Annual report of the Central Committee of the Association together with the report of the directors of the Pasteur Institute at Kasauli
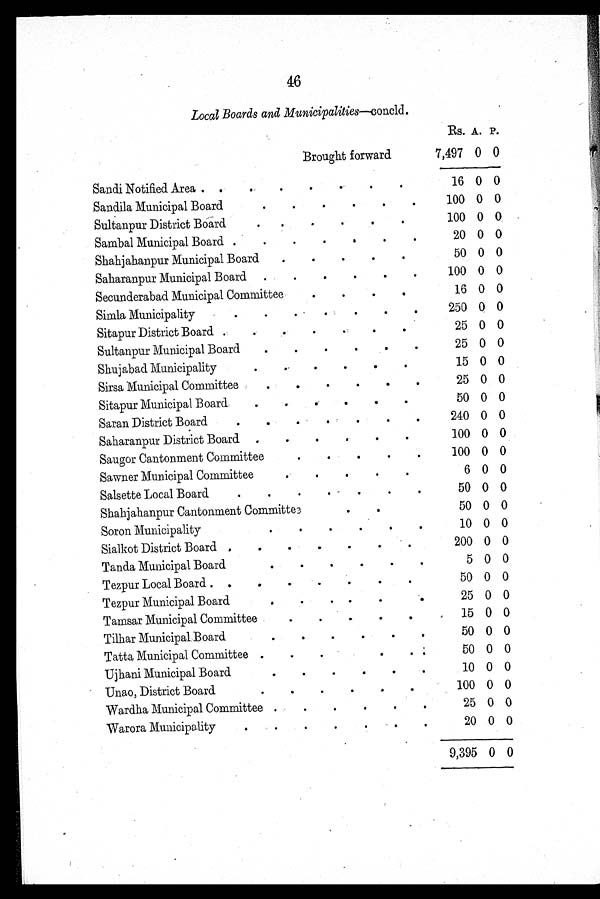
46
Local Boards and Municipalities--concld.
Rs. A. P.
Brought forward
7,497 0 0
Sandi Notified Area
16 0 0
Sandila Municipal Board
1 0 0 0 0
Sultanpur District Board
100 0 0
S a m b a l D i s t r i c t B o a r d
20 0 0
Shahjahanpur Municipal Board
50 0 0
Saharanpur Municipal Board
1 0 0 0 0
Secunderabad Municipal Committee
16 0 0
Simla Municipality
250 0 0
Sitapur District Board
25 0 0
Sultanpur Municipal Board
25 0 0
Shujabad Municipality
15 0 0
Sirsa Municipal Committee
25 0 0
Sitapur Municipal Board
50 0 0
Saran District Board
240 0 0
Saharanpur District Board
100 0 0
Saugor Cantonment Committee
100 0 0
Sawner Municipal Committee
6 0 0
Salsette Local Board
50 0 0
Shahjahanpur Cantonment Committee
50 0 0
Soron Municipality
10 0 0
Sialkot District Board
200 0 0
Tanda Municipal Board
5 0 0
Tezpur Local Board
50 0 0
Tezpur Municipal Board
25 0 0
Tamsar Municipal Committee
15 0 0
Tilhar Municipal Board
5 0 0 0
Tatta Municipal Committee
50 0 0
Ujhani Municipal Board
10 0 0
Unao, District Board
100 0 0
Wardha Municipal Committee
2 5 0 0
Warora Municipality
20 0 0
9,395 0 0